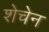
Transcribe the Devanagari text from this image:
शेचेन